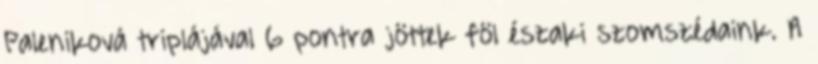
Paleniková triplájával 6 pontra jöttek föl északi szomszédaink. A